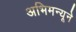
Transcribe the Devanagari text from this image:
अभिमन्यूने